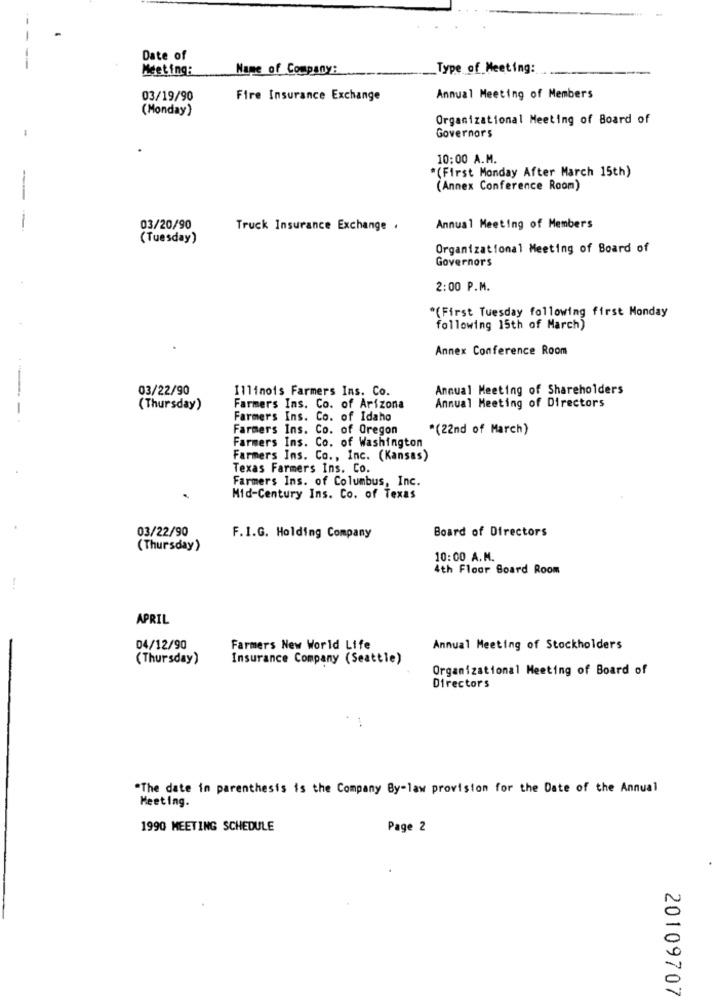
Date of
Meeting:
Name of Company:
Type of Meeting:
03/19/90
Fire Insurance Exchange
Annual Meeting of Members
(Monday)
Organizational Meeting of Board of
-
Governors
10:00 A.M.
*(First Monday After March 15th)
(Annex Conference Room)
-
-
03/20/90
Truck Insurance Exchange .
Annual Meeting of Members
(Tuesday)
Organizational Meeting of Board of
Governors
2:00 P.M.
*(First Tuesday following first Monday
following 15th of March)
Annex Conference Room
03/22/90
Annual Meeting of Shareholders
Illinois Farmers Ins. Co.
(Thursday)
Farmers Ins. Co. of Arizona
Annual Meeting of Directors
Farmers Ins. Co. of Idaho
Farmers Ins. Co. of Oregon
*(22nd of March)
Farmers Ins. Co. of Washington
Farmers Ins. Co ., Inc. (Kansas)
Texas Farmers Ins. Co.
Farmers Ins. of Columbus, Inc.
Mid-Century Ins. Co. of Texas
03/22/90
Board of Directors
F.I.G. Holding Company
(Thursday)
10:00 A.M.
4th Floor Board Room
APRIL
04/12/90
Farmers New World Life
Annual Meeting of Stockholders
(Thursday)
Insurance Company (Seattle)
Organizational Meeting of Board of
Directors
"The date in parenthesis is the Company By-law provision for the Date of the Annual
Meeting.
1990 MEETING SCHEDULE
Page 2
20109707